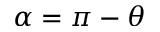
\alpha = \pi - \theta